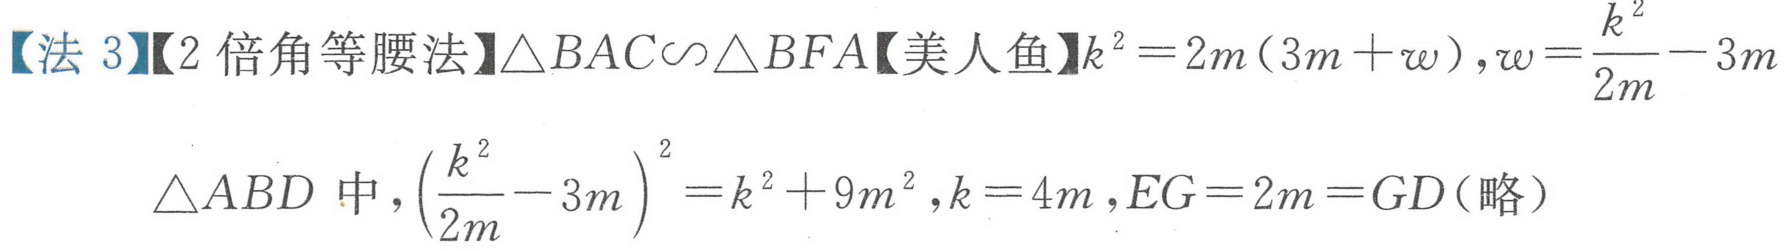
【法 3】【2 倍角等腰法】$\triangle BAC\backsim\triangle BFA$【美人鱼】$k^{2}=2m(3m + w),w=\frac{k^{2}}{2m}-3m$
$\triangle ABD$中$,\left(\frac{k^{2}}{2m}-3m\right)^{2}=k^{2}+9m^{2},k = 4m,EG = 2m = GD$(略）